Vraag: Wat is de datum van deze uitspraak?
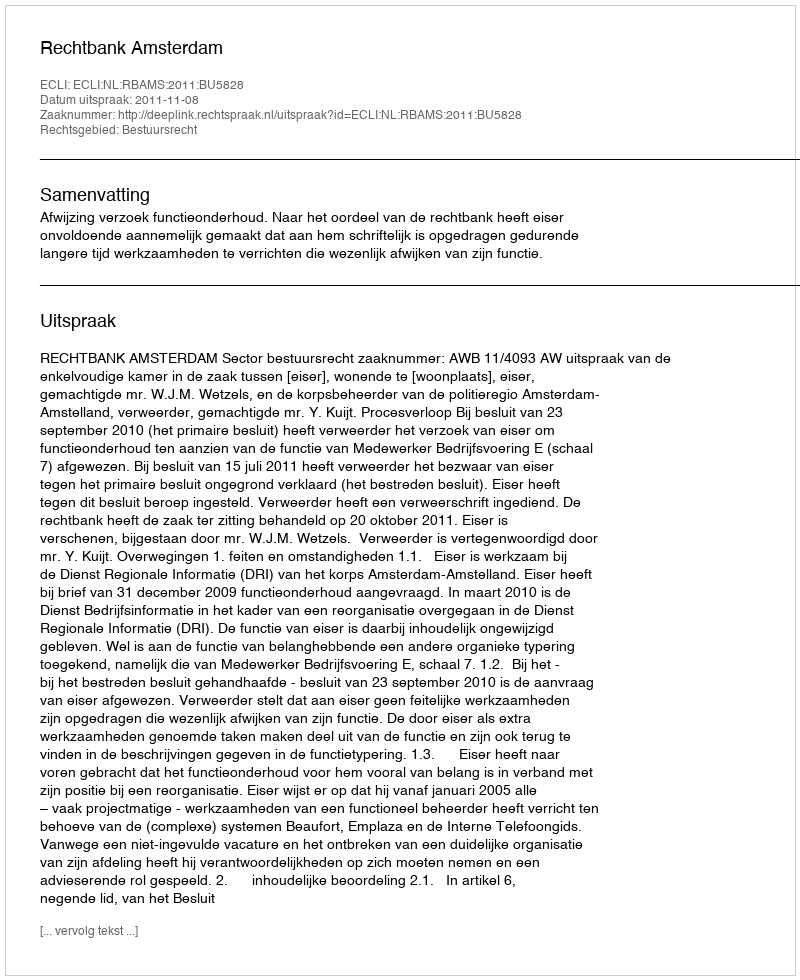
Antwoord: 2011-11-08